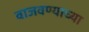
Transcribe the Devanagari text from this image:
वाजवण्याच्या